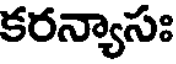
కరన్యాసః